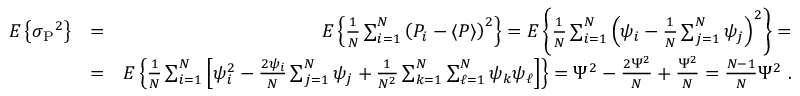
\begin{array} { r l r } { E \left\{ \sigma { _ { \mathrm P } } ^ { 2 } \right\} } & { = } & { E \left\{ { \frac { 1 } { N } } \sum _ { i = 1 } ^ { N } \left( P _ { i } - \langle P \rangle \right) ^ { 2 } \right\} = E \left\{ { \frac { 1 } { N } } \sum _ { i = 1 } ^ { N } \left( \psi _ { i } - { \frac { 1 } { N } } \sum _ { j = 1 } ^ { N } \psi _ { j } \right) ^ { 2 } \right\} = } \\ & { = } & { E \left\{ { \frac { 1 } { N } } \sum _ { i = 1 } ^ { N } \left[ \psi _ { i } ^ { 2 } - { \frac { 2 \psi _ { i } } { N } } \sum _ { j = 1 } ^ { N } \psi _ { j } + { \frac { 1 } { N ^ { 2 } } } \sum _ { k = 1 } ^ { N } \sum _ { \ell = 1 } ^ { N } \psi _ { k } \psi _ { \ell } \right] \right\} = \Psi ^ { 2 } - { \frac { 2 \Psi ^ { 2 } } { N } } + { \frac { \Psi ^ { 2 } } { N } } = { \frac { N - 1 } { N } } \Psi ^ { 2 } \; . } \end{array}